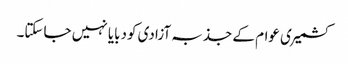
کشمیری عوام کے جذبہ آزادی کودبایا نہیں جاسکتا۔